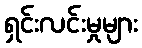
ရှင်းလင်းမှုများ